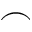
\frown